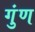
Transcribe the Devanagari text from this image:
गुंण